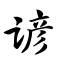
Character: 谚